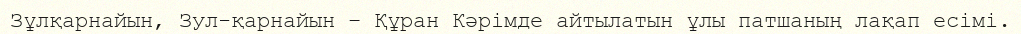
Зұлқарнайын, Зул-қарнайын – Құран Кәрімде айтылатын ұлы патшаның лақап есімі.